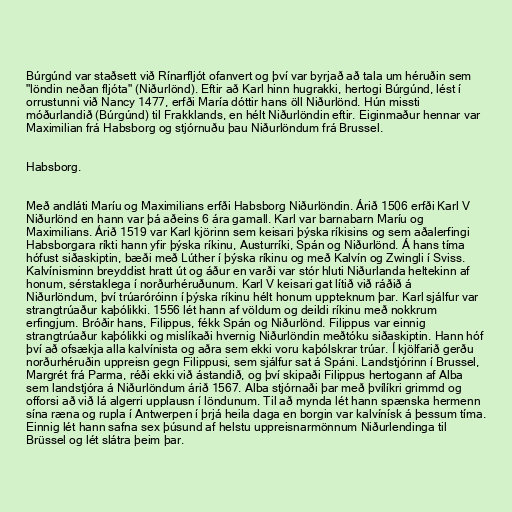
Búrgúnd var staðsett við Rínarfljót ofanvert og því var byrjað að tala um héruðin sem
"löndin neðan fljóta" (Niðurlönd). Eftir að Karl hinn hugrakki, hertogi Búrgúnd, lést í
orrustunni við Nancy 1477, erfði María dóttir hans öll Niðurlönd. Hún missti
móðurlandið (Búrgúnd) til Frakklands, en hélt Niðurlöndin eftir. Eiginmaður hennar var
Maximilian frá Habsborg og stjórnuðu þau Niðurlöndum frá Brussel.

Habsborg.

Með andláti Maríu og Maximilians erfði Habsborg Niðurlöndin. Árið 1506 erfði Karl V
Niðurlönd en hann var þá aðeins 6 ára gamall. Karl var barnabarn Maríu og
Maximilians. Árið 1519 var Karl kjörinn sem keisari þýska ríkisins og sem aðalerfingi
Habsborgara ríkti hann yfir þýska ríkinu, Austurríki, Spán og Niðurlönd. Á hans tíma
hófust siðaskiptin, bæði með Lúther í þýska ríkinu og með Kalvín og Zwingli í Sviss.
Kalvínisminn breyddist hratt út og áður en varði var stór hluti Niðurlanda heltekinn af
honum, sérstaklega í norðurhéruðunum. Karl V keisari gat lítið við ráðið á
Niðurlöndum, því trúaróróinn í þýska ríkinu hélt honum uppteknum þar. Karl sjálfur var
strangtrúaður kaþólikki. 1556 lét hann af völdum og deildi ríkinu með nokkrum
erfingjum. Bróðir hans, Filippus, fékk Spán og Niðurlönd. Filippus var einnig
strangtrúaður kaþólikki og mislíkaði hvernig Niðurlöndin meðtóku siðaskiptin. Hann hóf
því að ofsækja alla kalvínista og aðra sem ekki voru kaþólskrar trúar. Í kjölfarið gerðu
norðurhéruðin uppreisn gegn Filippusi, sem sjálfur sat á Spáni. Landstjórinn í Brussel,
Margrét frá Parma, réði ekki við ástandið, og því skipaði Filippus hertogann af Alba
sem landstjóra á Niðurlöndum árið 1567. Alba stjórnaði þar með þvílíkri grimmd og
offorsi að við lá algerri upplausn í löndunum. Til að mynda lét hann spænska hermenn
sína ræna og rupla í Antwerpen í þrjá heila daga en borgin var kalvínísk á þessum tíma.
Einnig lét hann safna sex þúsund af helstu uppreisnarmönnum Niðurlendinga til
Brüssel og lét slátra þeim þar.